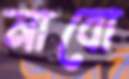
নাবো